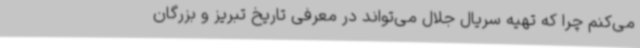
می‌کنم چرا که تهیه سریال جلال می‌تواند در معرفی تاریخ تبریز و بزرگان